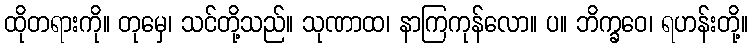
ထိုတရားကို။ တုမှေ၊ သင်တို့သည်။ သုဏာထ၊ နာကြကုန်လော။ ပ။ ဘိက္ခဝေ၊ ရဟန်းတို့။